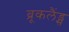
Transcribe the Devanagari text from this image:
ब्रूकलैंड्स